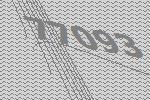
77093